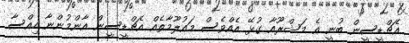
އެޗްޑީސީން ބުނީ އެ މަޝްރޫއާ ގުޅޭ އެއްވެސް މައުލޫމާތެއް އެޗްޑީސީން އާންމުންނާ ހިއްސާ